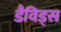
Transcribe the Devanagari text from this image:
डैविड्स